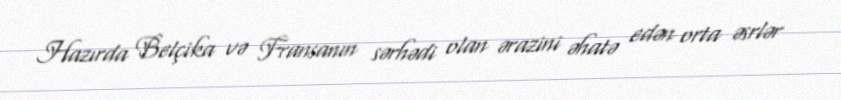
Hazırda Belçika və Fransanın sərhədi olan ərazini əhatə edən orta əsrlər